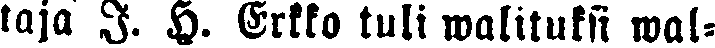
taja I. H. Erkko tuli walituksi mal-